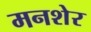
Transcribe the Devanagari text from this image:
मनशेर